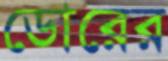
ডোরের